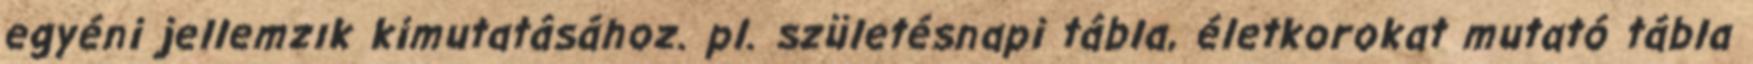
egyéni jellemzık kimutatásához. pl. születésnapi tábla, életkorokat mutató tábla